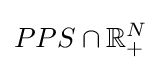
PPS\cap \mathbb {R} _{+}^{N}